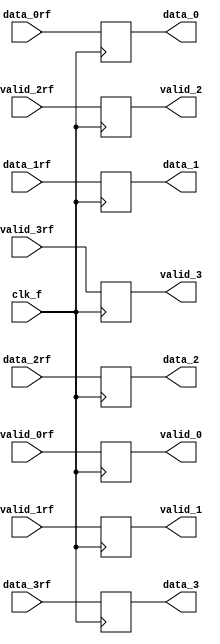
module etapaflops2( output reg [7:0] data_0, data_1, 
		    output reg [7:0] data_2, data_3,
		    output reg 	     valid_0, valid_1,
		    output reg 	     valid_2, valid_3,
		    input wire [7:0] data_0rf, data_1rf,
		    input wire [7:0] data_2rf, data_3rf,
		    input wire 	     valid_0rf, valid_1rf,
		    input wire 	     valid_2rf, valid_3rf, clk_f );

   always @( posedge clk_f ) begin
      data_0 <= data_0rf;
      data_1 <= data_1rf;
      data_2 <= data_2rf;
      data_3 <= data_3rf;
      valid_0 <= valid_0rf;
      valid_1 <= valid_1rf;
      valid_2 <= valid_2rf;
      valid_3 <= valid_3rf;
   end
   
endmodule